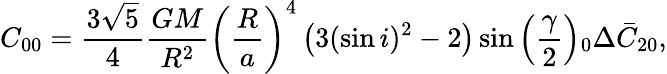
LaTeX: C_{00}=\frac{3\sqrt{5}}{4}\frac{GM}{R^{2}}\left(\frac{R}{a}\right)^{4}\left(3(\sin i)^{2}-2\right)\sin\left(\frac{\gamma}{2}\right)\phantom{}_{0}\Delta\bar{C}_{20},